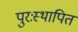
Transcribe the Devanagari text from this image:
पुरःस्थापित